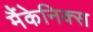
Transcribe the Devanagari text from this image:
मैंकेनिक्‍स